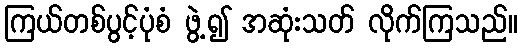
ကြယ်တစ်ပွင့်ပုံစံ ဖွဲ့၍ အဆုံးသတ် လိုက်ကြသည်။